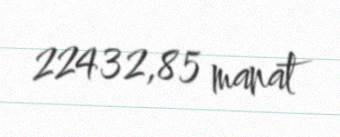
22432,85 manat